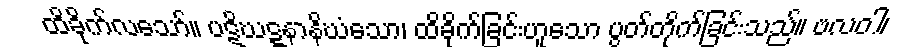
ထိခိုက်လသော်။ ပဋိဃဋ္ဋနာနိဃံသော၊ ထိခိုက်ခြင်းဟူသော ပွတ်တိုက်ခြင်းသည်။ ဗလဝါ၊